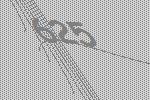
625